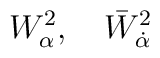
W_\alpha^2,\quad \bar W_{\dot\alpha}^2